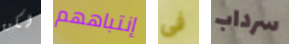
لكن إنتباههم فى سرداب